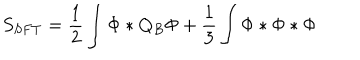
LaTeX: S _ { S F T } = \frac 1 2 \int \Phi * Q _ { B } \Phi + \frac 1 3 \int \Phi * \Phi * \Phi